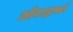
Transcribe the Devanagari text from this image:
ओवरड्राफ्टों